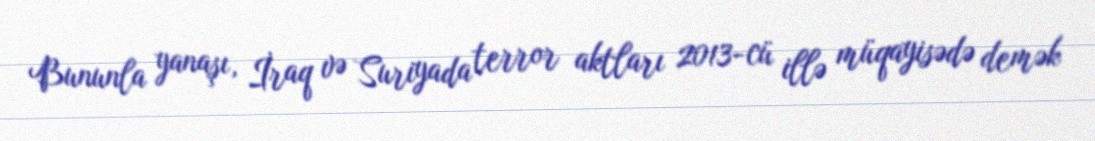
Bununla yanaşı, İraq və Suriyada terror aktları 2013-cü illə müqayisədə demək